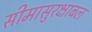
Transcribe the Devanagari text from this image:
सीमासुरक्षाबल